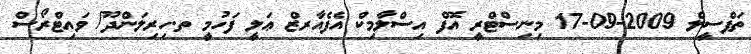
ތަފްސީލް 2009-09-17 މިނިސްޓްރީ އޮފް އިސްލާމިކް އެފެއާރޒް ޢަލީ ފަހުމީ ތ.ހިރިލަންދޫ/ ވައިޓްރޯސް